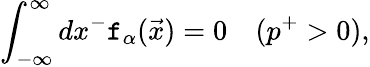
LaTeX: \int_{-\infty}^{\infty}dx^{-}\mathtt{f}_{\alpha}(\vec{{x}})=0\quad(p^{+}>0),